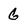
Character: G